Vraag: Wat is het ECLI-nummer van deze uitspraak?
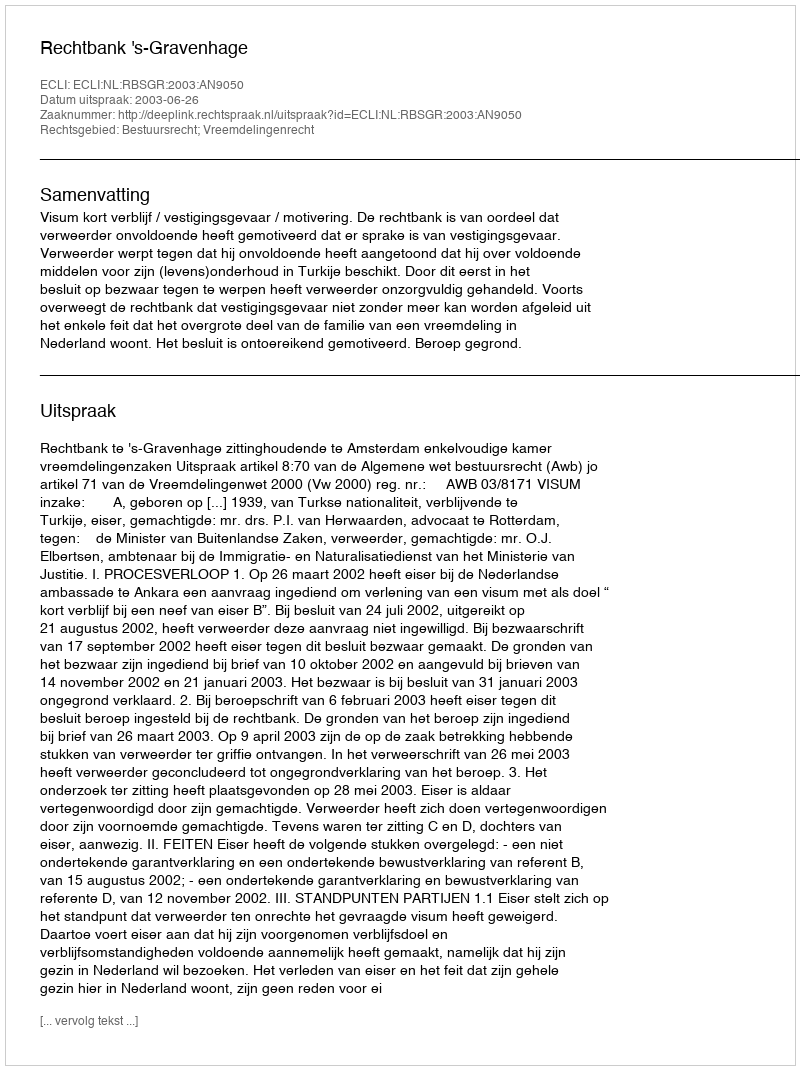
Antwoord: ECLI:NL:RBSGR:2003:AN9050